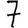
Digit: 7